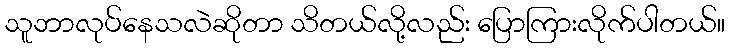
သူဘာလုပ်နေသလဲဆိုတာ သိတယ်လို့လည်း ပြောကြားလိုက်ပါတယ်။